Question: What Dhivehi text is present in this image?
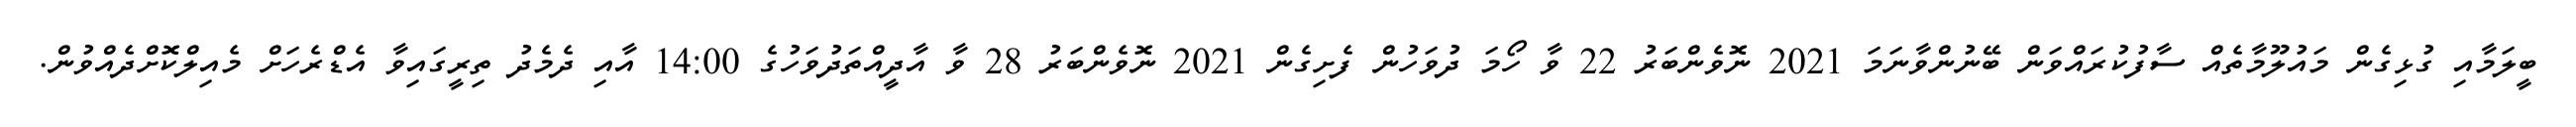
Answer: ބީލަމާއި ގުޅިގެން މައުލޫމާތެއް ސާފުކުރައްވަން ބޭނުންވާނަމަ 2021 ނޮވެންބަރު 22 ވާ ހޯމަ ދުވަހުން ފެށިގެން 2021 ނޮވެންބަރު 28 ވާ އާދީއްތަދުވަހުގެ 14:00 އާއި ދެމެދު ތިރީގައިވާ އެޑްރެހަށް މެއިލްކޮށްދެއްވުން.